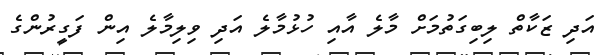
އަދި ޒަކާތް ލިބިގަތުމަށް މާލެ އާއި ހުޅުމާލެ އަދި ވިލިމާލެ އިން ފަގީރުންގެ